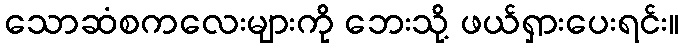
သောဆံစကလေးများကို ဘေးသို့ ဖယ်ရှားပေးရင်း။